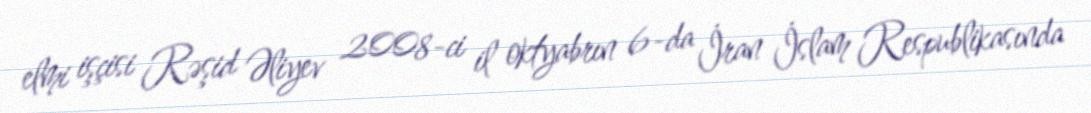
elmi işçisi Rəşid Əliyev 2008-ci il oktyabrın 6-da İran İslam Respublikasında